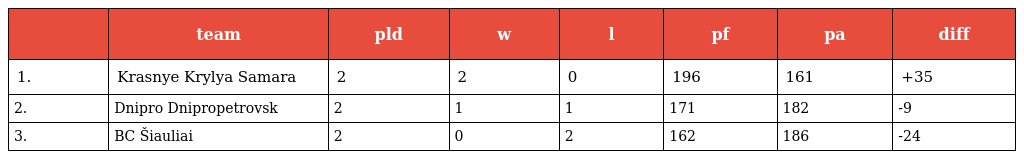
|  | team | pld | w | l | pf | pa | diff |
 | --- | --- | --- | --- | --- | --- | --- | --- |
 | 1. | Krasnye Krylya Samara | 2 | 2 | 0 | 196 | 161 | +35 |
 | 2. | Dnipro Dnipropetrovsk | 2 | 1 | 1 | 171 | 182 | -9 |
 | 3. | BC Šiauliai | 2 | 0 | 2 | 162 | 186 | -24 |